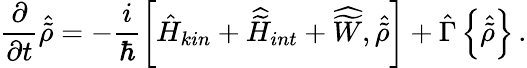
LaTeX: \frac{\partial}{\partial t}{\hat{\tilde{\rho}}}=-\frac{i}{\hbar}\left[{\hat{H}}_{kin}+{\widehat{\widetilde H}}_{int}+{\widehat{\widetilde W}},{\hat{\tilde{\rho}}}\right]+{\hat{\Gamma}}\left\{ {\hat{\tilde{\rho}}}\right\} \, .